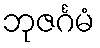
ဘုဇင်္ဂမံ